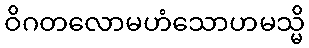
ဝိဂတလောမဟံသောဟမသ္မိ